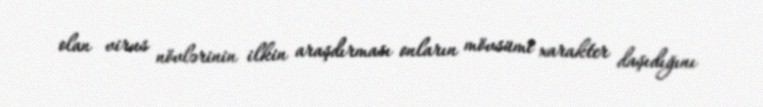
olan virus növlərinin ilkin araşdırması onların mövsümi xarakter daşıdığını